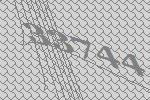
33744